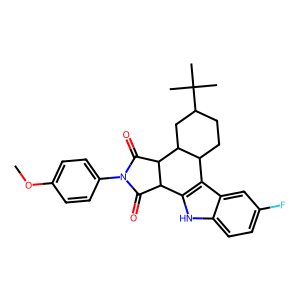
SMILES: COc1ccc(N2C(=O)C3c4[nH]c5ccc(F)cc5c4C4CCC(C(C)(C)C)CC4C3C2=O)cc1
Inhibits HIV replication: No